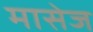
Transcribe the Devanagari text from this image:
मासेज